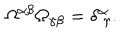
LaTeX: \Omega ^ { \alpha \beta } \Omega _ { \gamma \beta } = \delta _ { ~ \gamma } ^ { \alpha } .